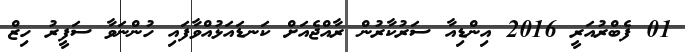
01 ފެބްރުއަރީ 2016 އިންޑިއާ ސަރުކާރުން ރާއްޖެއަށް ކަނޑައަޅުއްވާފައި ހުންނަވާ ސަފީރު ހިޒް